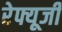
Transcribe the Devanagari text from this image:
रेफ्यूजी